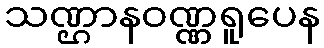
သဏ္ဌာနဝဏ္ဏရူပေန